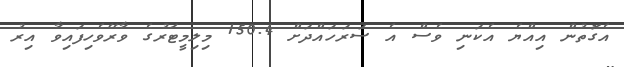
އެގޮތުން އިއްޔެ އެކަނި ވެސް އެ ސަރަހައްދަށް 150.4 މިލިމީޓަރުގެ ވާރޭވެހިފައިވާ އިރު